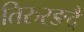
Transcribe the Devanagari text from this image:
तिरुरङदै